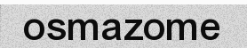
osmazome